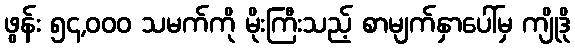
ဖွန်း ၅၄,၀၀၀ သမက်ကို မိုးကြီးသည့် စာမျက်နှာပေါ်မှ ကျိုဒို